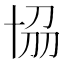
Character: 𠦢